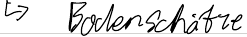
-> Bodenschätze